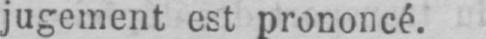
jugement est prononcé.